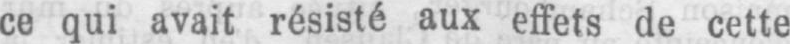
ce qui avait résisté aux effets de cette